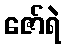
ဇော်ရဲ